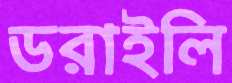
ডরাইলি